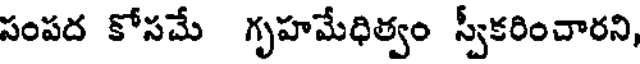
పంపద కోసమే గృహమేధిత్వం స్వీకరించారని,